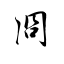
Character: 冏